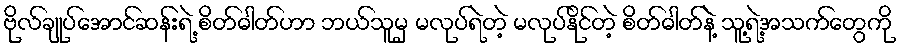
ဗိုလ်ချုပ်အောင်ဆန်းရဲ့ စိတ်ဓါတ်ဟာ ဘယ်သူမှ မလုပ်ရဲတဲ့ မလုပ်နိုင်တဲ့ စိတ်ဓါတ်နဲ့ သူ့ရဲ့အသက်တွေကို